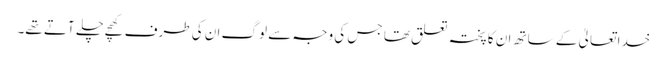
خدا تعالیٰ کے ساتھ ان کا پختہ تعلق تھا جس کی وجہ سے لوگ ان کی طرف کھچے چلے آتے تھے۔